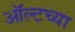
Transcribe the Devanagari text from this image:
ऑल्टच्या